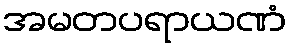
အမတပရာယဏံ